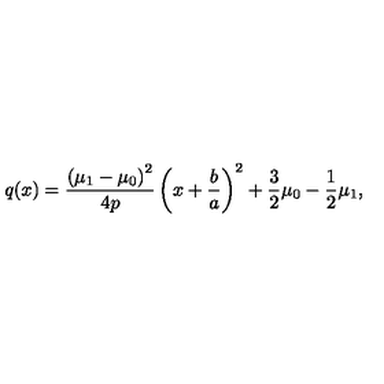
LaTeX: q ( x ) = { \frac { \left( \mu _ { 1 } - \mu _ { 0 } \right) ^ { 2 } } { 4 p } } \left( x + { \frac { b } { a } } \right) ^ { 2 } + { \frac { 3 } { 2 } } \mu _ { 0 } - { \frac { 1 } { 2 } } \mu _ { 1 } ,